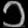
Digit: ၁